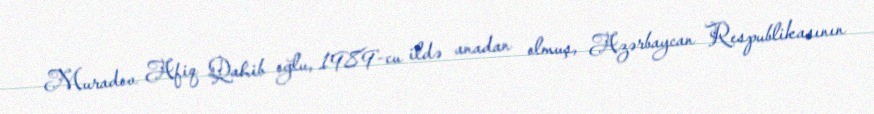
Muradov Afiq Qahib oğlu, 1989-cu ildə anadan olmuş, Azərbaycan Respublikasının